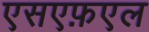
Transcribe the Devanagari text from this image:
एसएफ़एल